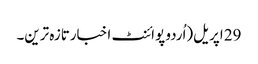
29 اپریل(اُردو پوائنٹ اخبارتازہ ترین۔